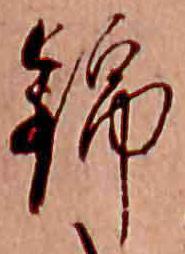
錦